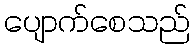
ပျောက်စေသည်